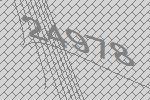
24978